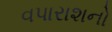
વપારાશનો